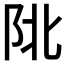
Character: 𨸾